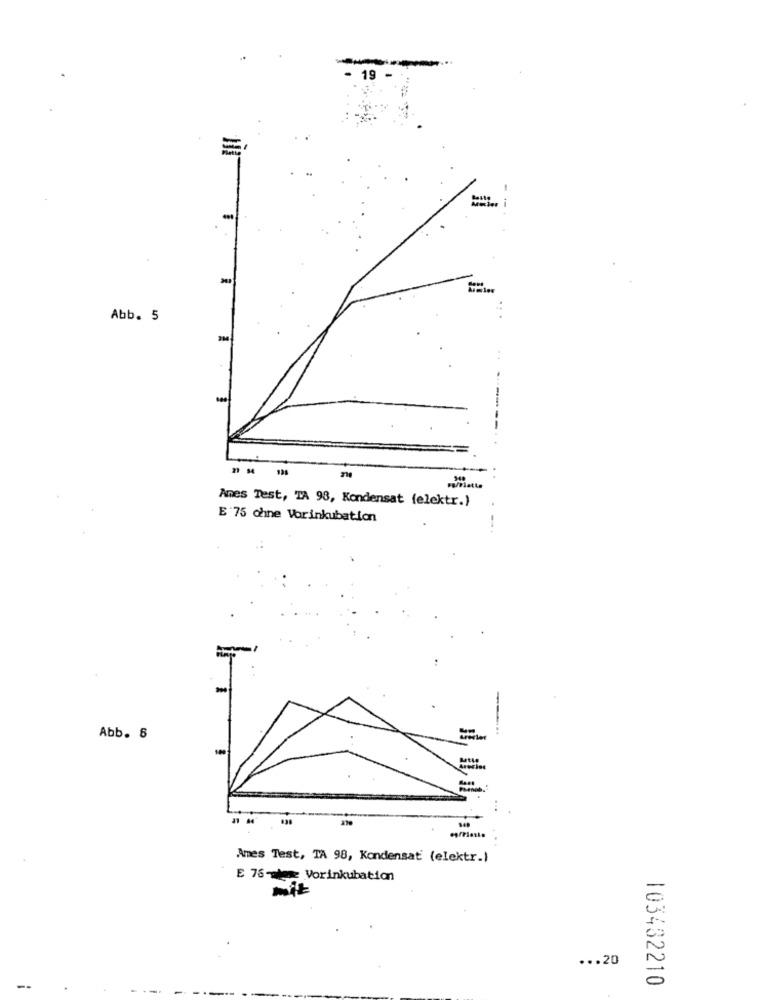
19
Abb. 5
Ames Test, TA 98, Kondensat (elektr.)
E 75 ohne Varinkubation
--
Abb. 6
Ames Test, TA 98, Kondensat (elektr.)
E 76wbw Vorinkubation
mit
... 20
103432210